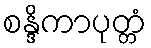
စန္ဒိကာပုတ္တံ